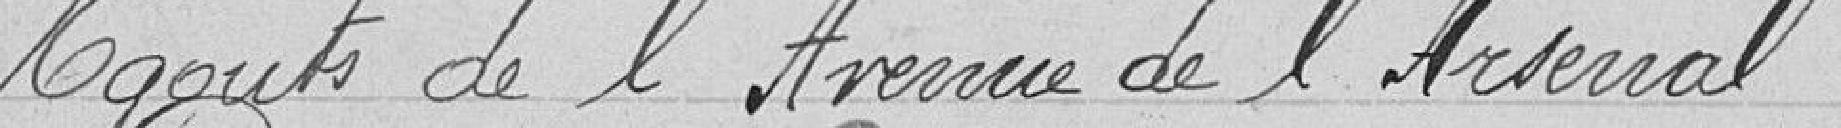
Egouts de l'Avenue de l'Arsenal